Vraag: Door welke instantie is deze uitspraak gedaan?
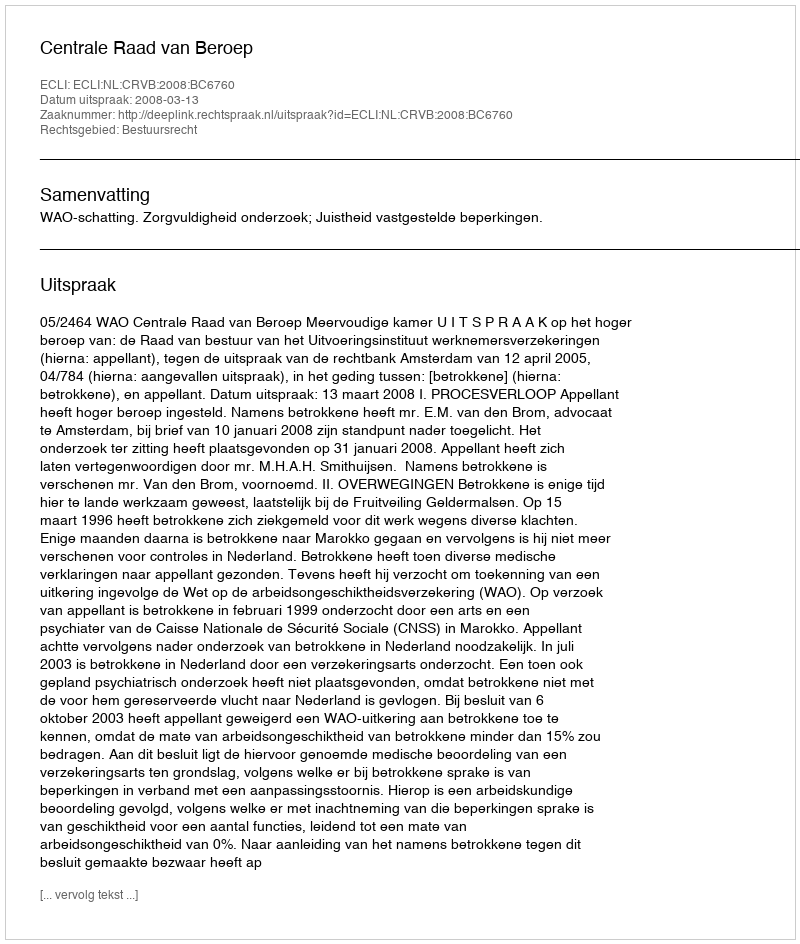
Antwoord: Centrale Raad van Beroep